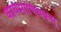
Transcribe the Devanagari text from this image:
कार्यमाणिवकम्